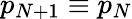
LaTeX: p_{N+1}\equiv p_{N}